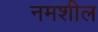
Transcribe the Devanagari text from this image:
नमशील